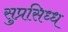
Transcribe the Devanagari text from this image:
सुप्रसिध्‍ध